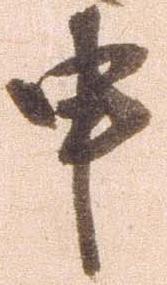
申